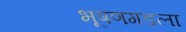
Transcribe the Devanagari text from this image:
भूषणगडला